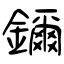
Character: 鑈